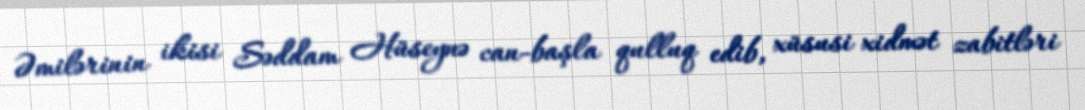
Əmilərinin ikisi Səddam Hüseynə can-başla qulluq edib, xüsusi xidmət zabitləri